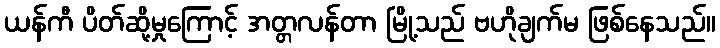
ယန်ကီ ပိတ်ဆို့မှုကြောင့် အတ္တလန်တာ မြို့သည် ဗဟိုချက်မ ဖြစ်နေသည်။